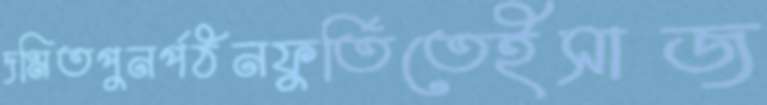
দমিতপুনর্পঠনফুর্তিতেইসাজ